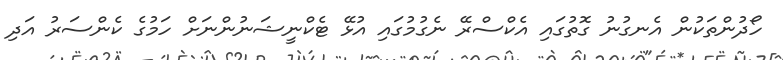
ހޯދުންތަކުން އެނގުނު ގޮތުގައި އެކްސްރޭ ނެގުމުގައި އުޅޭ ޓެކްނީޝަނުންނަށް ހަމުގެ ކެންސަރު އަދި